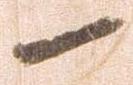
一